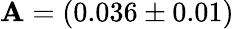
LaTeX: \mathbf{A}=(0.036\pm0.01)